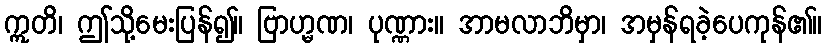
ဣတိ၊ ဤသို့မေးပြန်၍။ ဗြာဟ္မဏ၊ ပုဏ္ဏား။ အာမလာဘိမှာ၊ အမှန်ရခဲ့ပေကုန်၏။